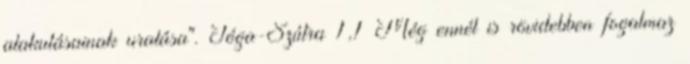
alakulásainak uralása". Jóga-Szútra 1,1 Még ennél is rövidebben fogalmaz